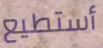
أستطيع